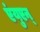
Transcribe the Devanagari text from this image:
एंयुएन्